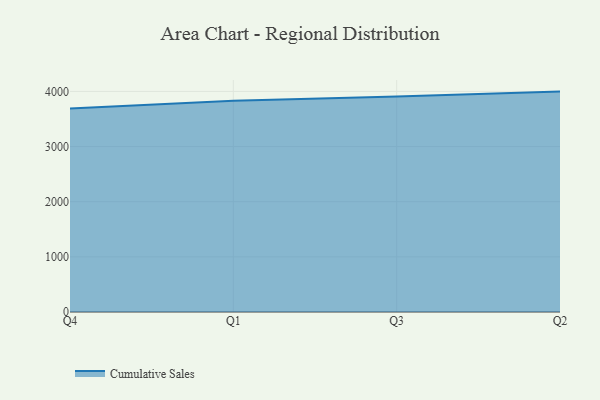
{"axis": {"x": "Quarter", "y": "Shipments"}, "legend": ["Cumulative Sales"], "data": [{"x": "Q4", "y": 3690.1, "type": "Cumulative Sales"}, {"x": "Q1", "y": 3830.6, "type": "Cumulative Sales"}, {"x": "Q3", "y": 3909.8, "type": "Cumulative Sales"}, {"x": "Q2", "y": 3996.9, "type": "Cumulative Sales"}]}